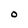
Character: O